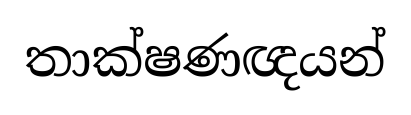
තාක්ෂණඥයන්